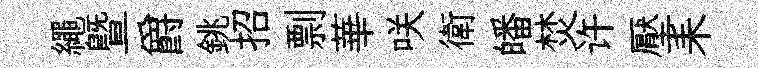
繩曁爵銚招剽華咲衛皤焚许壓耒